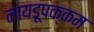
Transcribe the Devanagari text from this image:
नायडूपक्कम